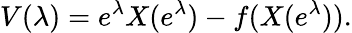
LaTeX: V(\lambda)=e^{\lambda}X(e^{\lambda})-f(X(e^{\lambda})).